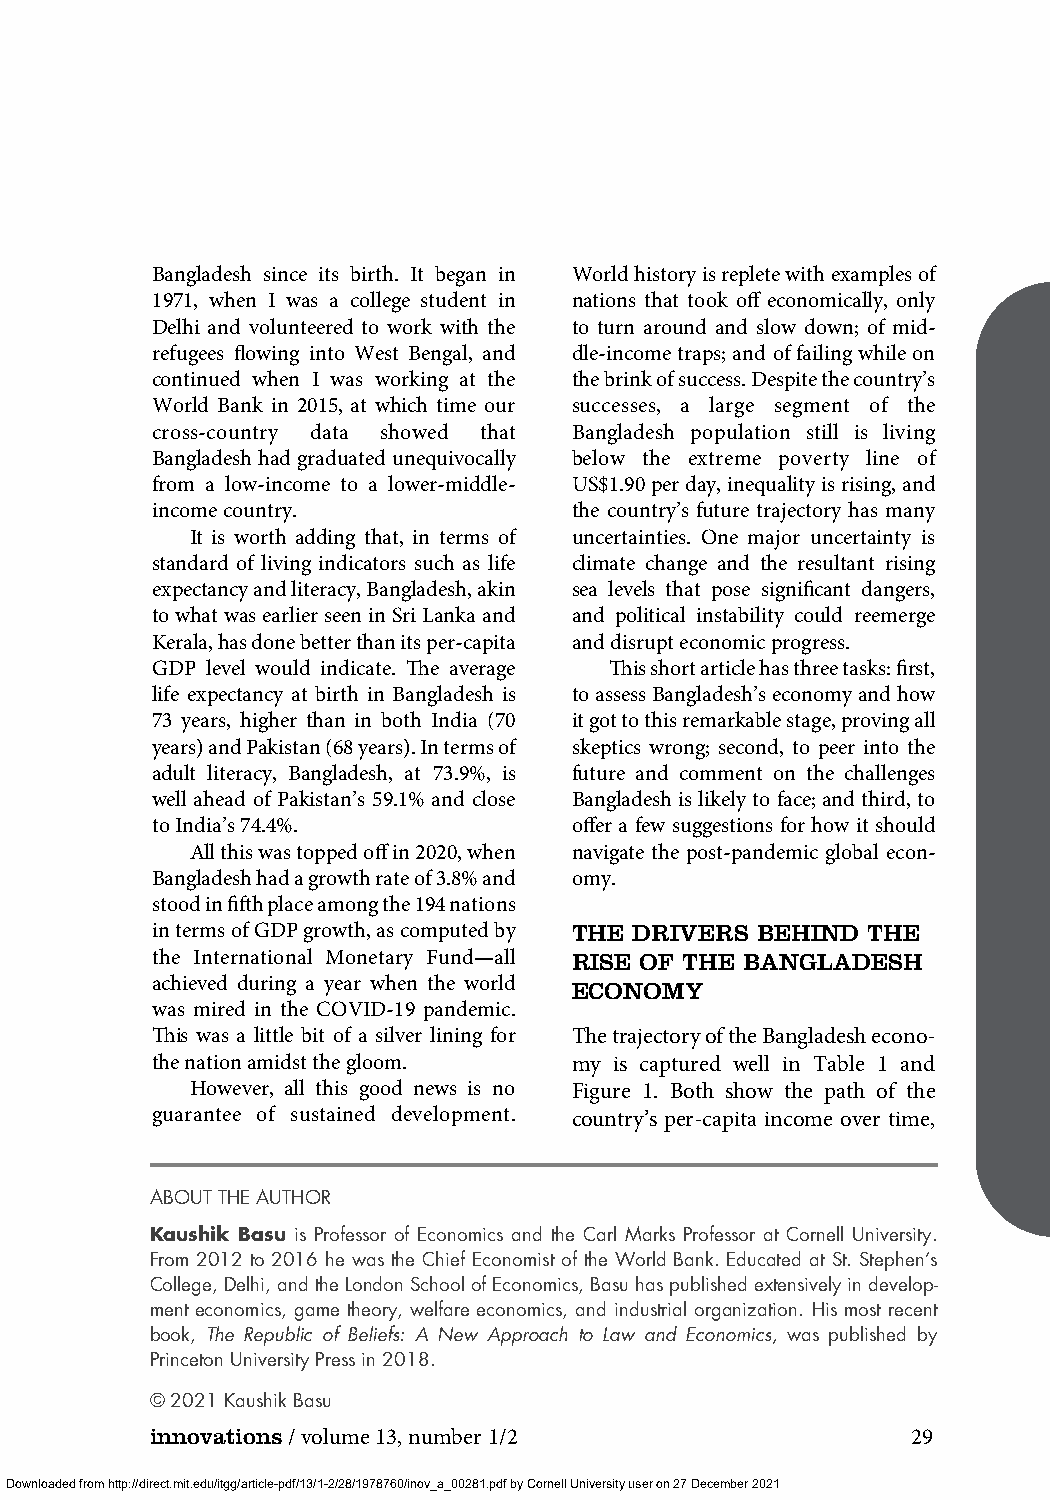
Bangladesh since its birth. It began in World history is replete with examples of
 1971, when I was a college student in nations that took off economically, only
 Delhi and volunteered to work with the to turn around and slow down; of mid-
 refugees flowing into West Bengal, and dle-income traps; and of failing while on
 continued when I was working at the the brink of success. Despite the country’s
 World Bank in 2015, at which time our successes, a large segment of the
 cross-country data showed that Bangladesh population still is living
 Bangladesh had graduated unequivocally below the extreme poverty line of
 from a low-income to a lower-middle- US$1.90 per day, inequality is rising, and
 income country.             the country’s future trajectory has many
 It is worth adding that, in terms of uncertainties. One major uncertainty is
 standard of living indicators such as life climate change and the resultant rising
 expectancy and literacy, Bangladesh, akin sea levels that pose significant dangers,
 to what was earlier seen in Sri Lanka and and political instability could reemerge
 Kerala, has done better than its per-capita and disrupt economic progress.
 GDP level would indicate. The average This short article has three tasks: first,
 life expectancy at birth in Bangladesh is to assess Bangladesh’s economy and how
 73 years, higher than in both India (70 it got to this remarkable stage, proving all
 years) and Pakistan (68 years). In terms of skeptics wrong; second, to peer into the
 adult literacy, Bangladesh, at 73.9%, is future and comment on the challenges
 well ahead of Pakistan’s 59.1% and close Bangladesh is likely to face; and third, to
 to India’s 74.4%.           offer a few suggestions for how it should
 All this was topped off in 2020, when navigate the post-pandemic global econ-
 Bangladesh had a growth rate of 3.8% and omy.
 stood in fifth place among the 194 nations
 in terms of GDP growth, as computed by THE DRIVERS BEHIND THE
 the International Monetary Fund—all RISE OF THE BANGLADESH
 achieved during a year when the world ECONOMY
 was mired in the COVID-19 pandemic.
 This was a little bit of a silver lining for The trajectory of the Bangladesh econo-
 the nation amidst the gloom. my is captured well in Table 1 and
 However, all this good news is no Figure 1. Both show the path of the
 guarantee of sustained development. country’s per-capita income over time,
 ABOUT THE AUTHOR
 Kaushik Basu is Professor of Economics and the Carl Marks Professor at Cornell University.
 From 2012 to 2016 he was the Chief Economist of the World Bank. Educated at St. Stephen’s
 College, Delhi, and the London School of Economics, Basu has published extensively in develop-
 ment economics, game theory, welfare economics, and industrial organization. His most recent
 book, The Republic of Beliefs: A New Approach to Law and Economics, was published by
 Princeton University Press in 2018.
 © 2021 Kaushik Basu
 innovations/ volume 13, number 1/2                29
 Downloaded from http://direct.mit.edu/itgg/article-pdf/13/1-2/28/1978760/inov_a_00281.pdf by Cornell University user on 27 December 2021